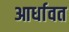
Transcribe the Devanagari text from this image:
आर्धावत